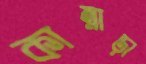
কান্নাড়া